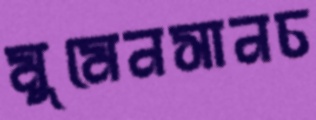
মুমেনসানচ